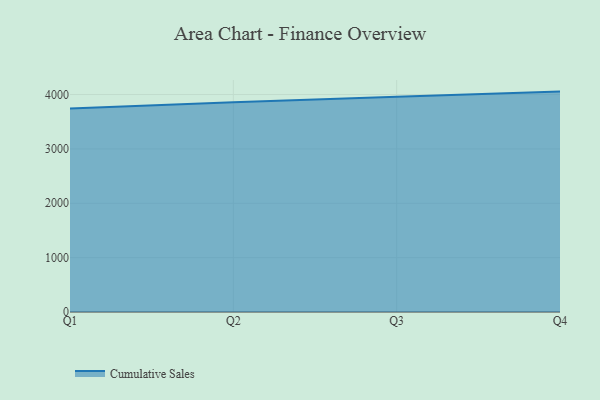
{"axis": {"x": "Quarter", "y": "Market Share (%)"}, "legend": ["Cumulative Sales"], "data": [{"x": "Q1", "y": 3743.7, "type": "Cumulative Sales"}, {"x": "Q2", "y": 3859.3, "type": "Cumulative Sales"}, {"x": "Q3", "y": 3958.3, "type": "Cumulative Sales"}, {"x": "Q4", "y": 4053.7, "type": "Cumulative Sales"}]}